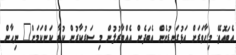
އެބައޮތޭ. މިހާވަރަށް އަޅުގަނޑުނެން އެބަދެން އެއްބާރުލުން މި ސަރުކާރުން ކުރާ ކަންކަމަށް" ނިޙާން